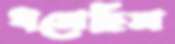
ধসেছিস